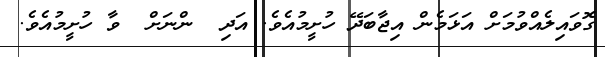
ގޮވައިލެއްވުމަށް އަޅަމެން އިޖާބަދޭ ހުށީމުއެވެ. އަދި  ންނަށް  ވާ ހުށީމުއެވެ.